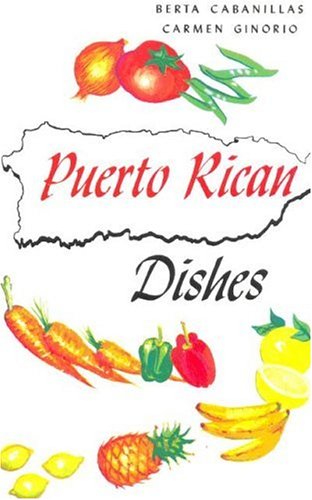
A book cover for Puerto Rican Dishes (Cookbook); Berta Cabanillas; Cookbooks, Food & Wine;